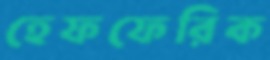
হেফফেরিক